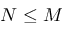
N \leq M